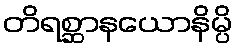
တိရစ္ဆာနယောနိမ္ပိ